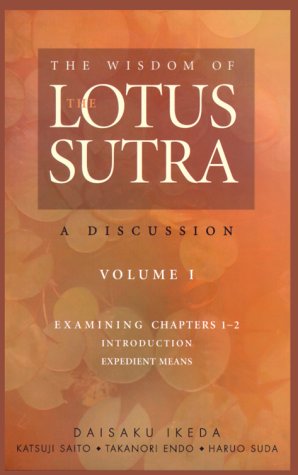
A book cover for The Wisdom of the Lotus Sutra: A Discussion, Vol. 1; Daisaku Ikeda; Religion & Spirituality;